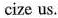
cize us.